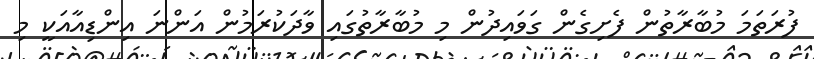
ފުރަތަމަ މުބާރާތުން ފެށިގެން ގަވައިދުން މި މުބާރާތުގައި ވާދަކުރަމުން އަންނަ އިންޑިއާއަކީ މި